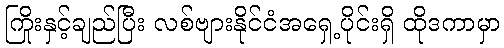
ကြိုးနှင့်ချည်ပြီး လစ်ဗျားနိုင်ငံအရှေ့ပိုင်းရှိ ထိုဒကာမှာ